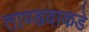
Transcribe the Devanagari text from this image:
ताण्डवाकडे